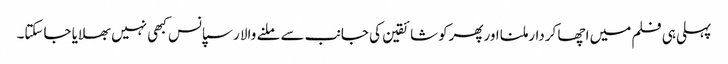
پہلی ہی فلم میں اچھا کردارملنا اورپھرکوشائقین کی جانب سے ملنے والا رسپانس کبھی نہیں بھلایا جاسکتا۔